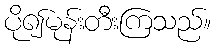
ပို၍မုန်းတီးကြသည်။